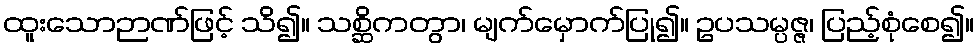
ထူးသောဉာဏ်ဖြင့် သိ၍။ သစ္ဆိကတွာ၊ မျက်မှောက်ပြု၍။ ဥပသမ္ပဇ္ဇ၊ ပြည့်စုံစေ၍။